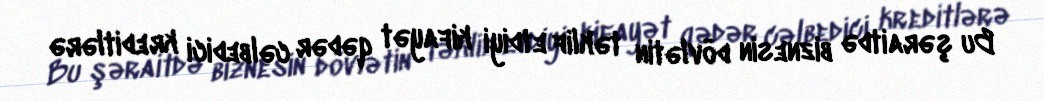
Bu şəraitdə biznesin dövlətin təklif etdiyi kifayət qədər cəlbedici kreditlərə